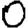
Digit: 0